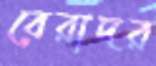
বেরাদর